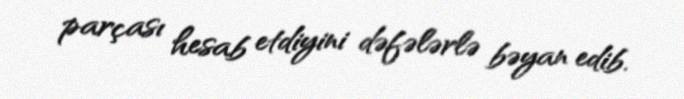
parçası hesab etdiyini dəfələrlə bəyan edib.